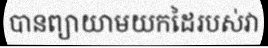
បានព្យាយាមយកដៃរបស់វា